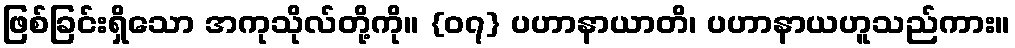
ဖြစ်ခြင်းရှိသော အကုသိုလ်တို့ကို။ {၀၇} ပဟာနာယာတိ၊ ပဟာနာယဟူသည်ကား။